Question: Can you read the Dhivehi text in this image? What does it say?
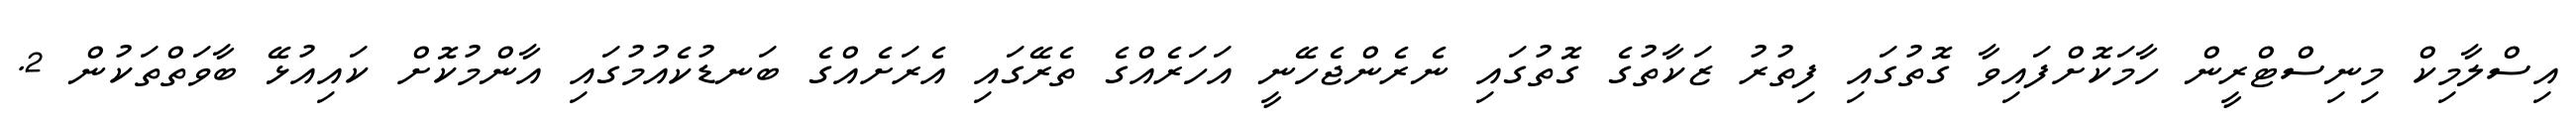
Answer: އިސްލާމިކް މިނިސްޓްރީން ހާމަކޮށްފައިވާ ގޮތުގައި ފިތުރު ޒަކާތުގެ ގޮތުގައި ނެރެންޖެހޭނީ އަހަރެއްގެ ތެރޭގައި އެރަށެއްގެ ބަނޑުކެއުމުގައި އާންމުކޮށް ކައިއުޅޭ ބާވަތްތަކުން 2.